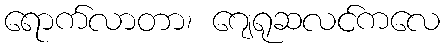
ရောက်လာတာ၊ ဂျေရုဆလင်ကလေ